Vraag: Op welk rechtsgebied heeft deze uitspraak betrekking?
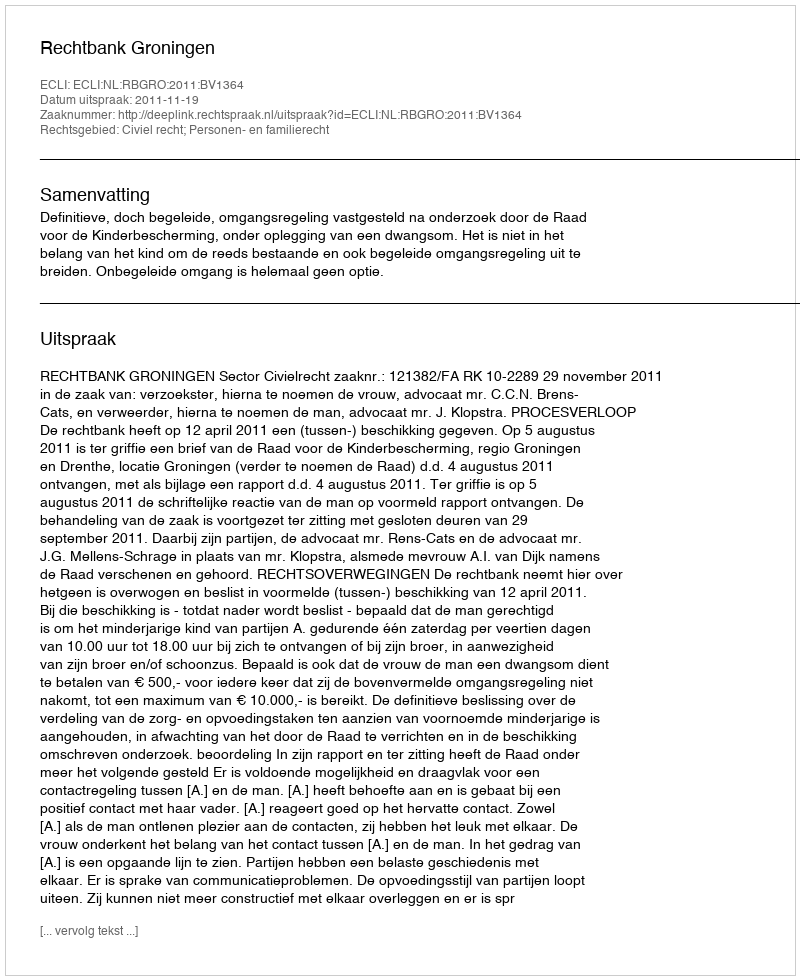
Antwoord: Civiel recht; Personen- en familierecht